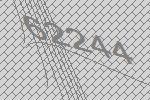
62244